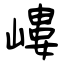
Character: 嶁